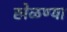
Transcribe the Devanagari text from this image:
खेळण्या